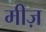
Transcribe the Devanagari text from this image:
मीज़